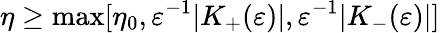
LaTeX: \eta\ge\operatorname*{max}\lbrack\eta_{0},\varepsilon^{-1}\vert K_{+}(\varepsilon)\vert,\varepsilon^{-1}\vert K_{-}(\varepsilon)\vert\rbrack